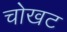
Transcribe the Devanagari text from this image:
चोखट